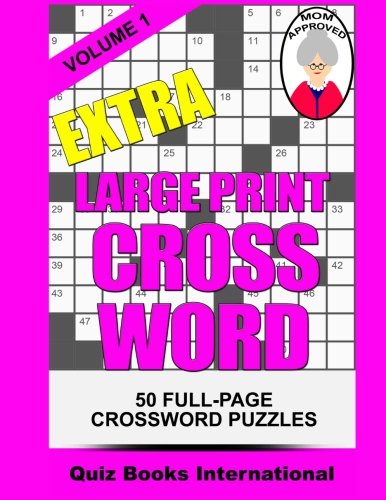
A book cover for Extra Large Print Crossword Volume 1; Quiz Books International; Humor & Entertainment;